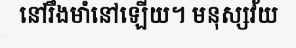
នៅរឹងមាំនៅឡើយ។ មនុស្សវ័យ